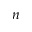
n